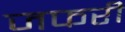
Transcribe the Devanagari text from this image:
जफरी